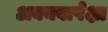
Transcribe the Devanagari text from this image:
अवयवापेक्षा